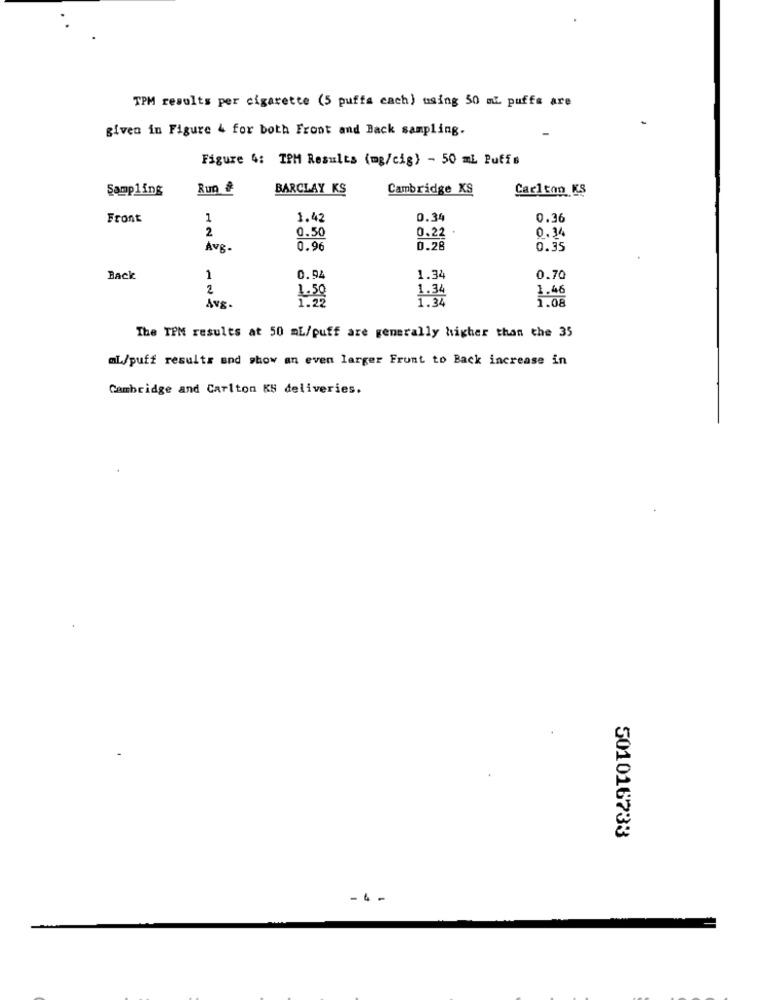
TPM results per cigarette (5 puffa cach) using 50 ml puffs are
given in Figure 4 for both Front and Back sampling.
Figure 4: TPM Results (mg/cig) - 50 ml Puffs
Sampling
Run #
BARCLAY KS
Cambridge KS
Carlton KS
Front
1
1.42
0.34
0.36
2
0.50
0.22 +
0.34
AVB.
0.96
0.28
0.35
0.94
Back
1
1.34
0.70
2
1.34
1.46
1.50
1.34
1.08
Avg.
The TPM results at 50 mL/puff are generally higher than the 35
mL/puff results and show an even larger Frunt to Back increase in
Cambridge and Carlton KS deliveries.
501016733
- 4 -